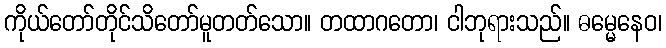
ကိုယ်တော်တိုင်သိတော်မူတတ်သော။ တထာဂတော၊ ငါဘုရားသည်။ ဓမ္မေနေဝ၊